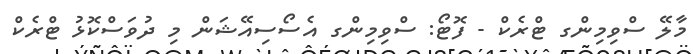
މާލޭ ސްވިމިންގ ޓްރެކް - ފޮޓޯ: ސްވިމިންގ އެސޯސިއޭޝަން މި ދުވަސްކޮޅު ޓްރެކް